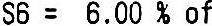
S6 = 6.00 % OF